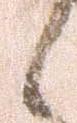
候